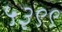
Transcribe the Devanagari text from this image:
५३९९